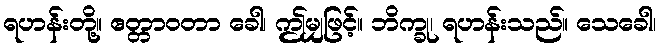
ရဟန်းတို့။ ဧတ္တာဝတာ ခေါ၊ ဤမျှဖြင့်။ ဘိက္ခု၊ ရဟန်းသည်။ သေခေါ၊